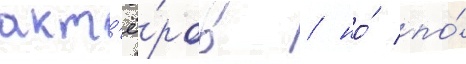
акт'ё́ров / но́ по́